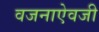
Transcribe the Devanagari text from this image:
वजनाऐवजी